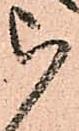
被